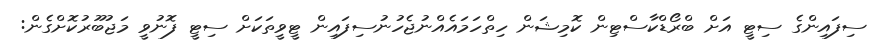
ސިފައިންގެ ސިޓީ އަށް ބްރޯޑްކާސްޓިން ކޮމިޝަން ހިތްހަމައެއްނުޖެހުނުސިފައިން ޓީވީތަކަށް ސިޓީ ފޮނުވީ މަޖުބޫރުކޮށްގެން: